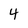
Character: 4